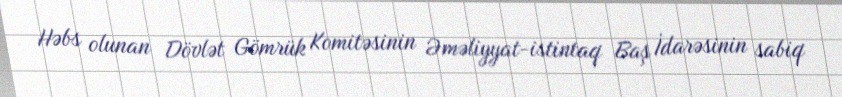
Həbs olunan Dövlət Gömrük Komitəsinin Əməliyyat-istintaq Baş İdarəsinin sabiq